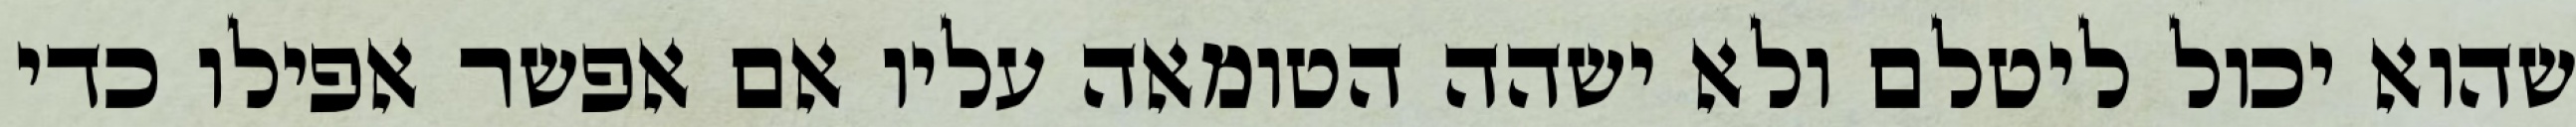
שהוא יכול ליטלם ולא ישהה הטומאה עליו אם אפשר אפילו כדי